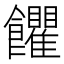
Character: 𩟹